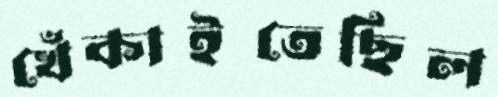
খেঁকাইতেছিল